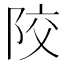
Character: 𨹍